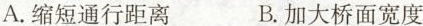
A.缩短通行距离 B.加大桥面宽度